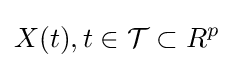
X(t),t\in {\mathcal {T}}\subset R^{p}